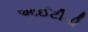
આઈટીની